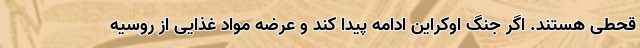
قحطی هستند. اگر جنگ اوکراین ادامه پیدا کند و عرضه مواد غذایی از روسیه